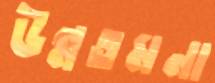
উন্নতমনা